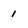
Character: 1